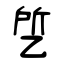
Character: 乺